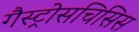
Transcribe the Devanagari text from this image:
गैस्ट्रोसचिसिस